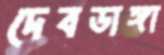
দেবডাঙ্গা